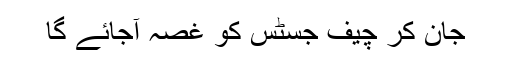
جان کر چیف جسٹس کو غصہ آجائے گا